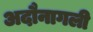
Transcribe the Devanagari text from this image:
अदौनागली